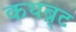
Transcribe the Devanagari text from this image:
कथब्र्ट